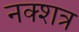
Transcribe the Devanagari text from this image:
नक्शत्र